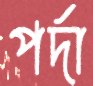
পর্দা